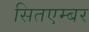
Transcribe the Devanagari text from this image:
सितएम्बर